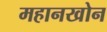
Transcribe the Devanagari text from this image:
महानखोन